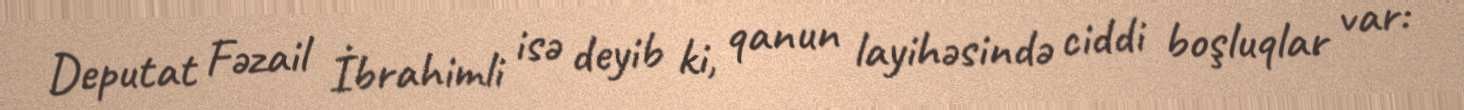
Deputat Fəzail İbrahimli isə deyib ki, qanun layihəsində ciddi boşluqlar var: